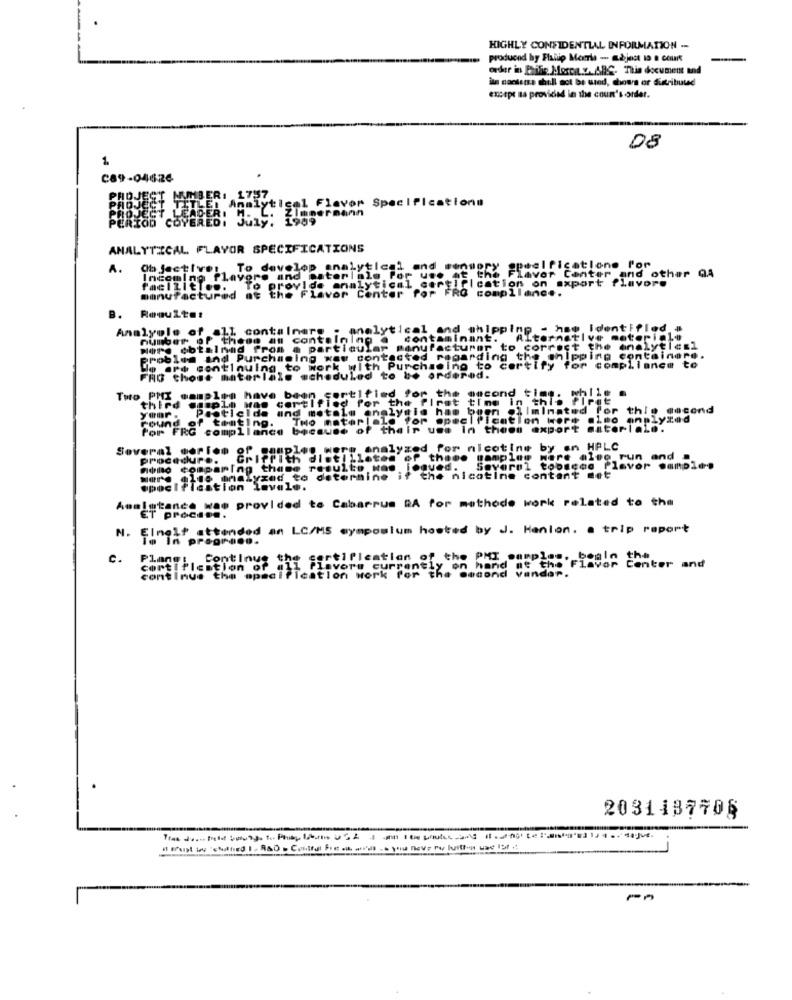
HIGHLY CONFIDENTIAL INFORMATION --
produced by Plalup Meerle - adjest 19 a court
order in Philie Merci.y. ARC. This document and
ils consense chill sot be used, chows or distributed
except is provided in the coun's ondet.
08
1
C89-04626
Analytical Flavor Specifications
July: 1989
ANALYTICAL FLAVOR SPECIFICATIONS
A.
Oh jectives
Incoming Playore and materiale Por use at the Flavor Center and other QA
To develop analytical and sensory @peelfications for
Incoming T
facilities. To provide analytical certification on export flavore
ater
nd other QA
manufactured at the Flavor Center for FRO compllance.
To
Resultes
Analyole of all containere
analytical and shipping - hse Identifled #
number oP t
P these an containing .
contaminant.
Alternative material
Were obtained from a particular manufacturer to correct the analytical
problem ind Purchasing wow contested regarding the shipping containere
ord continuing to work with Purchasing to certify for compllance to
FRO those materials scheduled to be ordered.
Tuto PMX samplen
third
sample was certified for the first time in this
have been certified for the second ting. while a
Pesticide and motole
analyale has been eliminated for this second
round:
your .
of touting.
THo materiale for specification tore also onplyzed
Por FRG compllance
because of their use In theen export materiale.
Several dorien
of samples were analyzed for nicotine by an HPLC
of
procedure.
Griffith distillotes of thede
Damp low
Were alte run and .
Homo comparing thane resulte Hoe
jogved.
Several tobacco Plavor samples
aldo malyzed to determine
if the nicotine content set
@pecI fication levele.
Assistance was provided to Cabarrus RA for methode work related to the
N. Elmelt attended an LC/MS symposium hosted by J. Hanlon. a trip report
c.
Continue the certification of the PM samples, beal
continue the specification work for the samend US the Flavor cont
Center and
2031187705